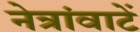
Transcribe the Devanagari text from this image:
नेत्रांवाटें